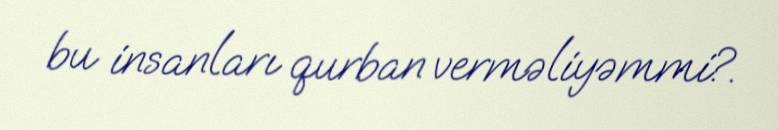
bu insanları qurban verməliyəmmi?.